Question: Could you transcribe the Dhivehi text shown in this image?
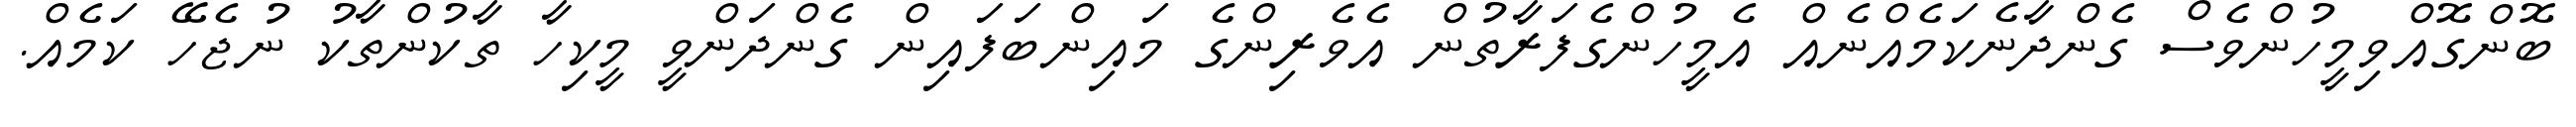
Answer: ބޮންގޮއްވިމީހުންވެސް ގެންދާނެކަމެއްނެއް އެމީހުންގެފަރާތުން އެވެރިންގެ މައިންބަފައިން ގެންދަންވީ މީކިހާ ތާކުންތާކު ނުޖެހޭ ކަމެއް.